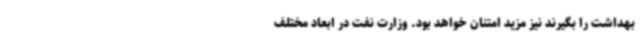
بهداشت را بگیرند نیز مزید امتنان خواهد بود. وزارت نفت در ابعاد مختلف